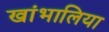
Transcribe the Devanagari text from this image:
खांभालिया